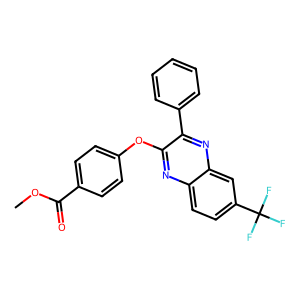
SMILES: COC(=O)c1ccc(Oc2nc3ccc(C(F)(F)F)cc3nc2-c2ccccc2)cc1
Inhibits HIV replication: No